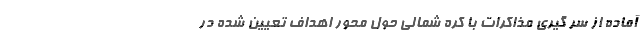
آماده از سر گیری مذاکرات با کره شمالی حول محور اهداف تعیین شده در